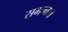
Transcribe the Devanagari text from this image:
समन्तात